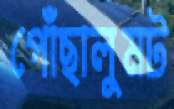
পোঁছালুমট